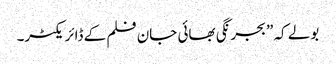
بولے کہ ”بجرنگی بھائی جان فلم کے ڈائریکٹر۔